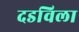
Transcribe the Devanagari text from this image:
दडविला